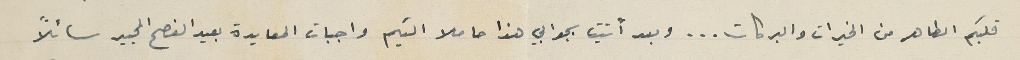
قلبكم الطاهر من الخيرات والبركات... وبعد أتيت بجوابي هذا حاملا اليكم واجبات المعايدة بعيد الفصح المجيد سائلاً